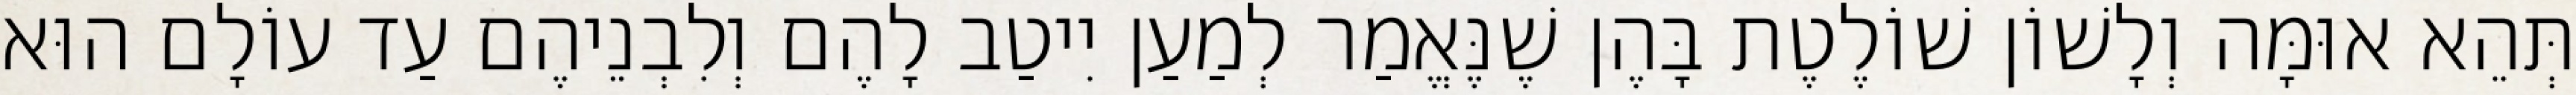
תְּהֵא אוּמָּה וְלָשׁוֹן שׁוֹלֶטֶת בָּהֶן שֶׁנֶּאֱמַר לְמַעַן יִיטַב לָהֶם וְלִבְנֵיהֶם עַד עוֹלָם הוּא